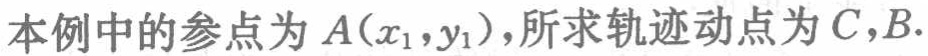
本例中的参点为 \(A(x_1,y_1)\)，所求轨迹动点为 \(C,B\).